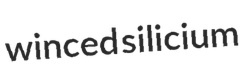
winced silicium